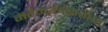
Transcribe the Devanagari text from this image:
महेन्द्रविक्रमन